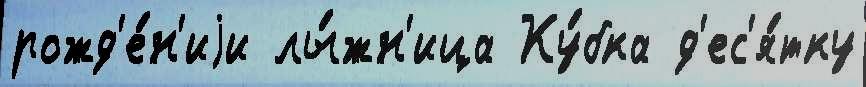
рожд'е́н'иjи лы́жн'ица Ку́бка д'ес'я́тку